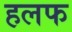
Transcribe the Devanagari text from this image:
हलफ